Civil Veterinary Department Bengal reports 1933-51 - 1933-1951
Year: 1933
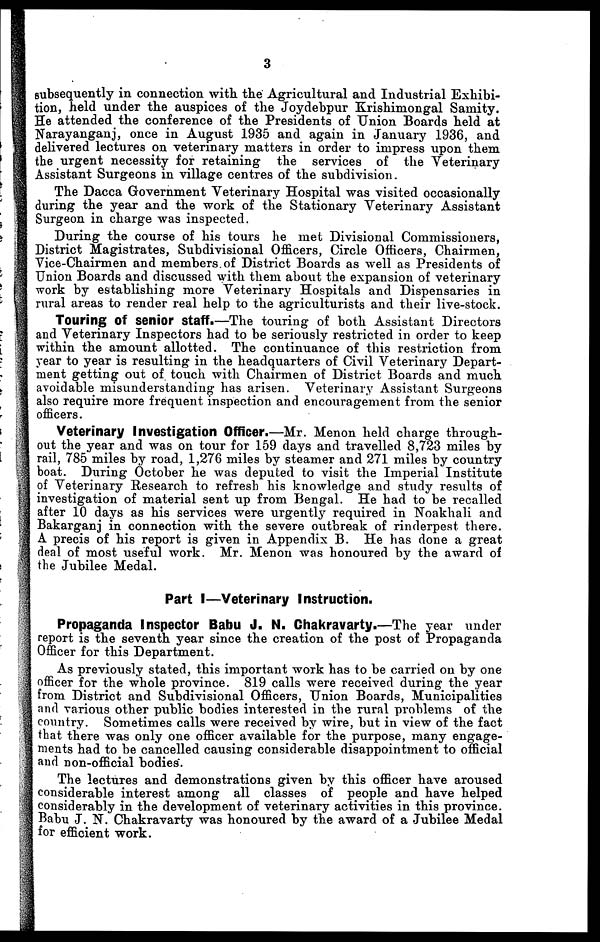
3
subsequently in connection with the Agricultural and Industrial Exhibi-
tion, held under the auspices of the Joydebpur Krishimongal Samity.
He attended the conference of the Presidents of Union Boards held at
Narayanganj, once in August 1935 and again in January 1936, and
delivered lectures on veterinary matters in order to impress upon them
the urgent necessity for retaining the services of the Veterinary
Assistant Surgeons in village centres of the subdivision.
The Dacca Government Veterinary Hospital was visited occasionally
during the year and the work of the Stationary Veterinary Assistant
Surgeon in charge was inspected.
During the course of his tours he met Divisional Commissioners,
District Magistrates, Subdivisional Officers, Circle Officers, Chairmen,
Vice-Chairmen and members of District Boards as well as Presidents of
Union Boards and discussed with them about the expansion of veterinary
work by establishing more Veterinary Hospitals and Dispensaries in
rural areas to render real help to the agriculturists and their live-stock.
Touring Of senior Staff.—The touring of both Assistant Directors
and Veterinary Inspectors had to be seriously restricted in order to keep
within the amount allotted. The continuance of this restriction from
year to year is resulting in the headquarters of Civil Veterinary Depart-
ment getting out of touch with Chairmen of District Boards and much
avoidable misunderstanding has arisen. Veterinary Assistant Surgeons
also require more frequent inspection and encouragement from the senior
officers.
Veterinary Investigation Officer.—Mr. Menon held charge through-
out the year and was on tour for 159 days and travelled 8,723 miles by
rail, 785 miles by road, 1,276 miles by steamer and 271 miles by country
boat. During October he was deputed to visit the Imperial Institute
of Veterinary Research to refresh his knowledge and study results of
investigation of material sent up from Bengal. He had to be recalled
after 10 days as his services were urgently required in Noakhali and
Bakarganj in connection with the severe outbreak of rinderpest there.
A precis of his report is given in Appendix B. He has done a great
deal of most useful work. Mr. Menon was honoured by the award of
the Jubilee Medal.
Part I—Veterinary Instruction.
Propaganda Inspector Babu J. N. Ghakravarty.—The year under
report is the seventh year since the creation of the post of Propaganda
Officer for this Department.
As previously stated, this important work has to be carried on by one
officer for the whole province. 819 calls were received during the year
from District and Subdivisional Officers, Union Boards, Municipalities
and various other public bodies interested in the rural problems of the
country. Sometimes calls were received by wire, but in view of the fact
that there was only one officer available for the purpose, many engage-
ments had to be cancelled causing considerable disappointment to official
and non-official bodies.
The lectures and demonstrations given by this officer have aroused
considerable interest among all classes of people and have helped
considerably in the development of veterinary activities in this province.
Babu J. N. Chakravarty was honoured by the award of a Jubilee Medal
for efficient work.